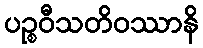
ပဉ္စဝီသတိဝဿာနိ